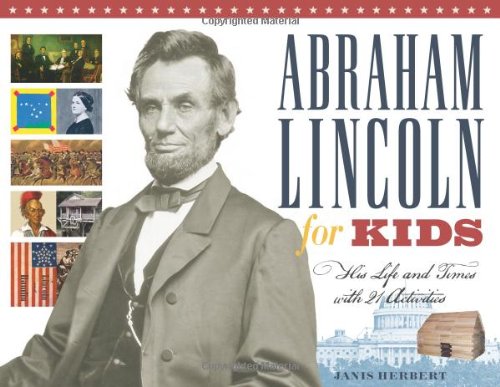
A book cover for Abraham Lincoln for Kids: His Life and Times with 21 Activities (For Kids series); Janis Herbert; Children's Books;